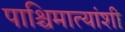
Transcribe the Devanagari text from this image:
पाश्चिमात्यांशी